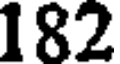
182